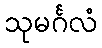
သုမင်္ဂလံ